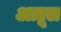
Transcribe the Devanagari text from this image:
अज़ूल